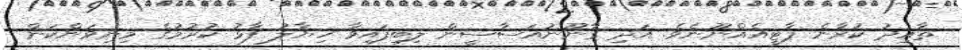
ތާއީދު ކުރާނެ ޕާޓީއެއްނޫނެވެ. އަދި ޤާނޫނުއަސާސީން ލިބިފައިވާ ޚިޔާލު ފާޅު ކުރުމުގެ މިނިވަންކަން